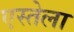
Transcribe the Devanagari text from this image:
एस्तेला